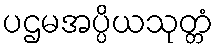
ပဌမအပ္ပိယသုတ္တံ